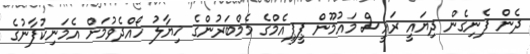
ދެން ފެނިގެން ދިޔައީ ރައީސް މައުމޫން ޕީޕީއެމްގެ މެމްބަރުންގެ ޚިޔާލު ހޯއްދެވުމަށް އެމަނިކުފާނުގެ